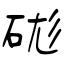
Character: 硥